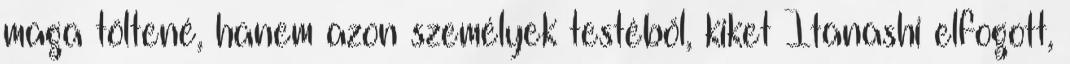
maga töltené, hanem azon személyek testéből, kiket Itanashi elfogott,